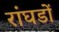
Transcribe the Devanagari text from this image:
रांघडों